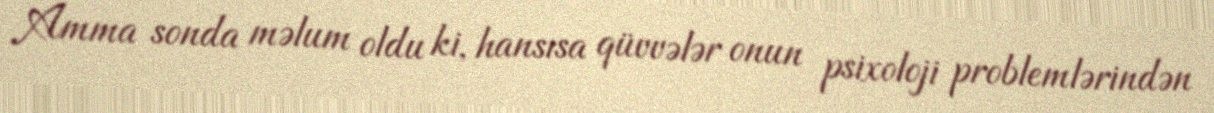
Amma sonda məlum oldu ki, hansısa qüvvələr onun psixoloji problemlərindən